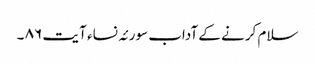
سلام کرنے کے آداب سورئہ نساء آ یت ٨٦ ۔